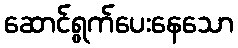
ဆောင်ရွက်ပေးနေသော